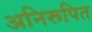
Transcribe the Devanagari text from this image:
अनिरूपित